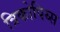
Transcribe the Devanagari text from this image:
त्रिकोपिय्स